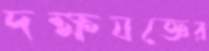
দক্ষযজ্ঞের